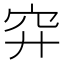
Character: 𥤰